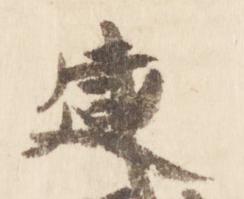
建